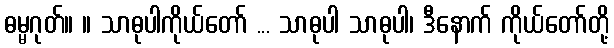
ဓမ္မဂုတ်။ ။ သာဓုပါကိုယ်တော် ... သာဓုပါ သာဓုပါ၊ ဒီနောက် ကိုယ်တော်တို့